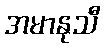
အမာနုသီ